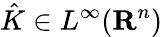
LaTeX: {\hat{K}}\in L^{\infty}(\mathbf{R}^{n})